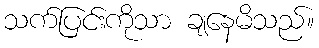
သက်ပြင်းကိုသာ ချနေမိသည်။